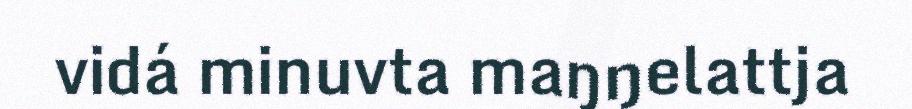
vidá minuvta maŋŋelattja